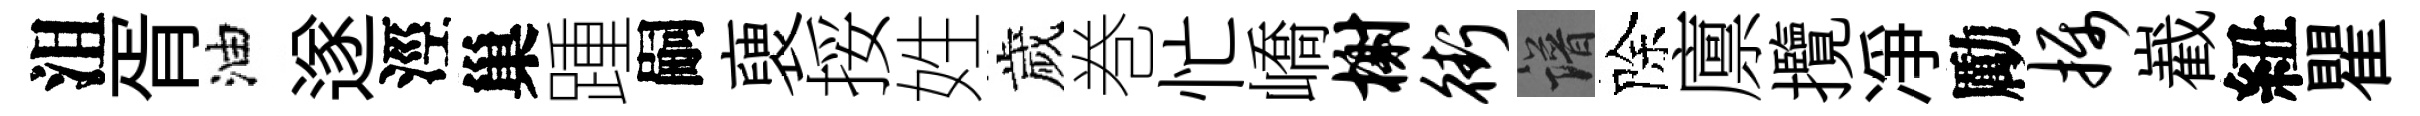
沮胥油遂涇巢踵嗣褏挼姓歲巻忙嶠榭街譜除廪攬凈勵摄嶻紐瞿